Indian Civil Veterinary Department memoirs
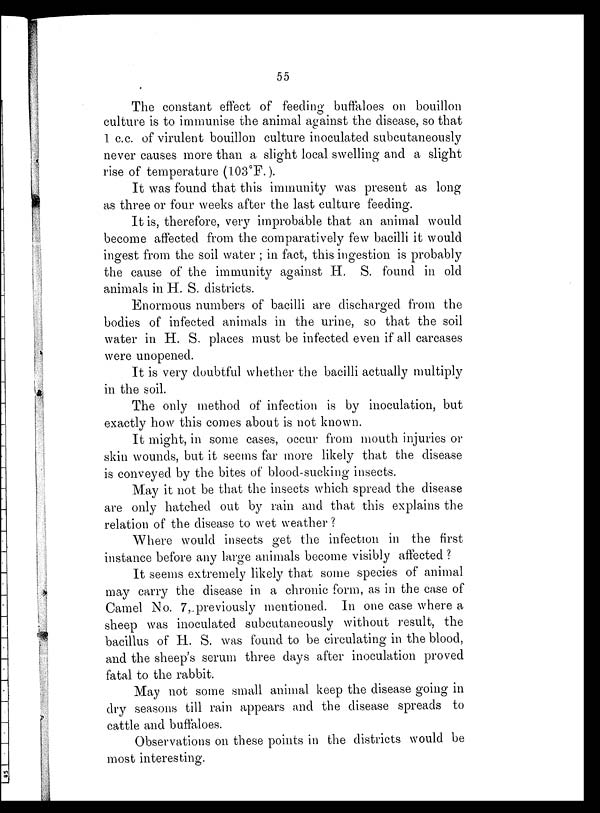
55
The constant effect of feeding buffaloes on bouillon
culture is to immunise the animal against the disease, so that
1 c.c. of virulent bouillon culture inoculated subcutaneously
never causes more than a slight local swelling and a slight
rise of temperature (103°F.).
It was found that this immunity was present as long
as three or four weeks after the last culture feeding.
It is, therefore, very improbable that an animal would
become affected from the comparatively few bacilli it would
ingest from the soil water; in fact, this ingestion is probably
the cause of the immunity against H. S. found in old
animals in H. S. districts.
Enormous numbers of bacilli are discharged from the
bodies of infected animals in the urine, so that the soil
water in H. S. places must be infected even if all carcases
were unopened.
It is very doubtful whether the bacilli actually multiply
in the soil.
The only method of infection is by inoculation, but
exactly how this comes about is not known.
It might, in some cases, occur from mouth injuries or
skin wounds, but it seems far more likely that the disease
is conveyed by the bites of blood-sucking insects.
May it not be that the insects which spread the disease
are only hatched out by rain and that this explains the
relation of the disease to wet weather?
Where would insects get the infection in the first
instance before any large animals become visibly affected?
It seems extremely likely that some species of animal
may carry the disease in a chronic form, as in the case of
Camel No. 7, previously mentioned. In one case where a
sheep was inoculated subcutaneously without result, the
bacillus of H. S. was found to be circulating in the blood,
and the sheep's serum three days after inoculation proved
fatal to the rabbit.
May not some small animal keep the disease going in
dry seasons till rain appears and the disease spreads to
cattle and buffaloes.
Observations on these points in the districts would be
most interesting.